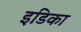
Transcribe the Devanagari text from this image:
इडिका